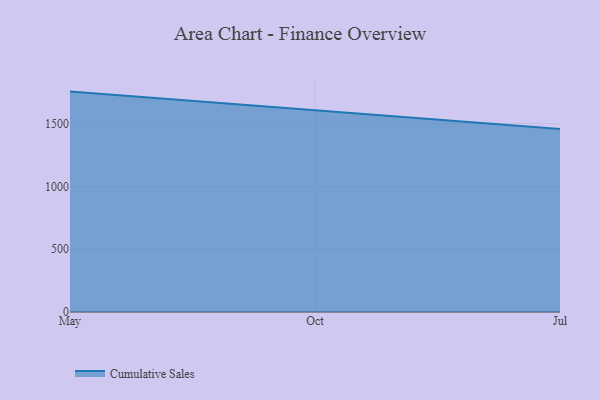
{"axis": {"x": "Month", "y": "Page Views"}, "legend": ["Cumulative Sales"], "data": [{"x": "May", "y": 1754.4, "type": "Cumulative Sales"}, {"x": "Oct", "y": 1607.7, "type": "Cumulative Sales"}, {"x": "Jul", "y": 1456.6, "type": "Cumulative Sales"}]}